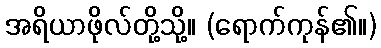
အရိယာဖိုလ်တို့သို့။ (ရောက်ကုန်၏။)